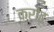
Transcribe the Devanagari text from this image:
करोढ़